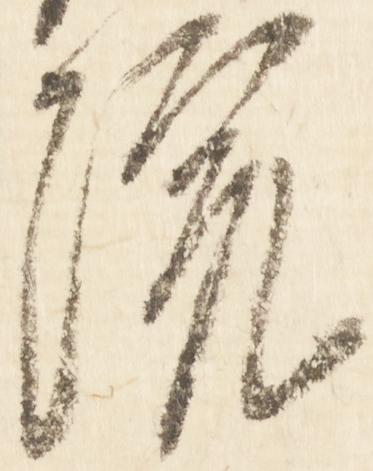
院